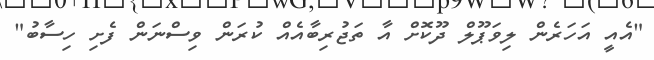
"އެއީ އަހަރެން ލިވަޕޫލް ދޫކޮށް އާ ތަޖުރިބާއެއް ކުރަން ވިސްނަން ފެށި ހިސާބު"